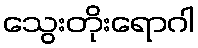
သွေးတိုးရောဂါ